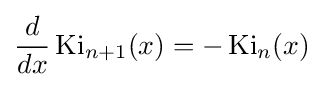
{\frac {d}{dx}}\operatorname {Ki} _{n+1}(x)=-\operatorname {Ki} _{n}(x)